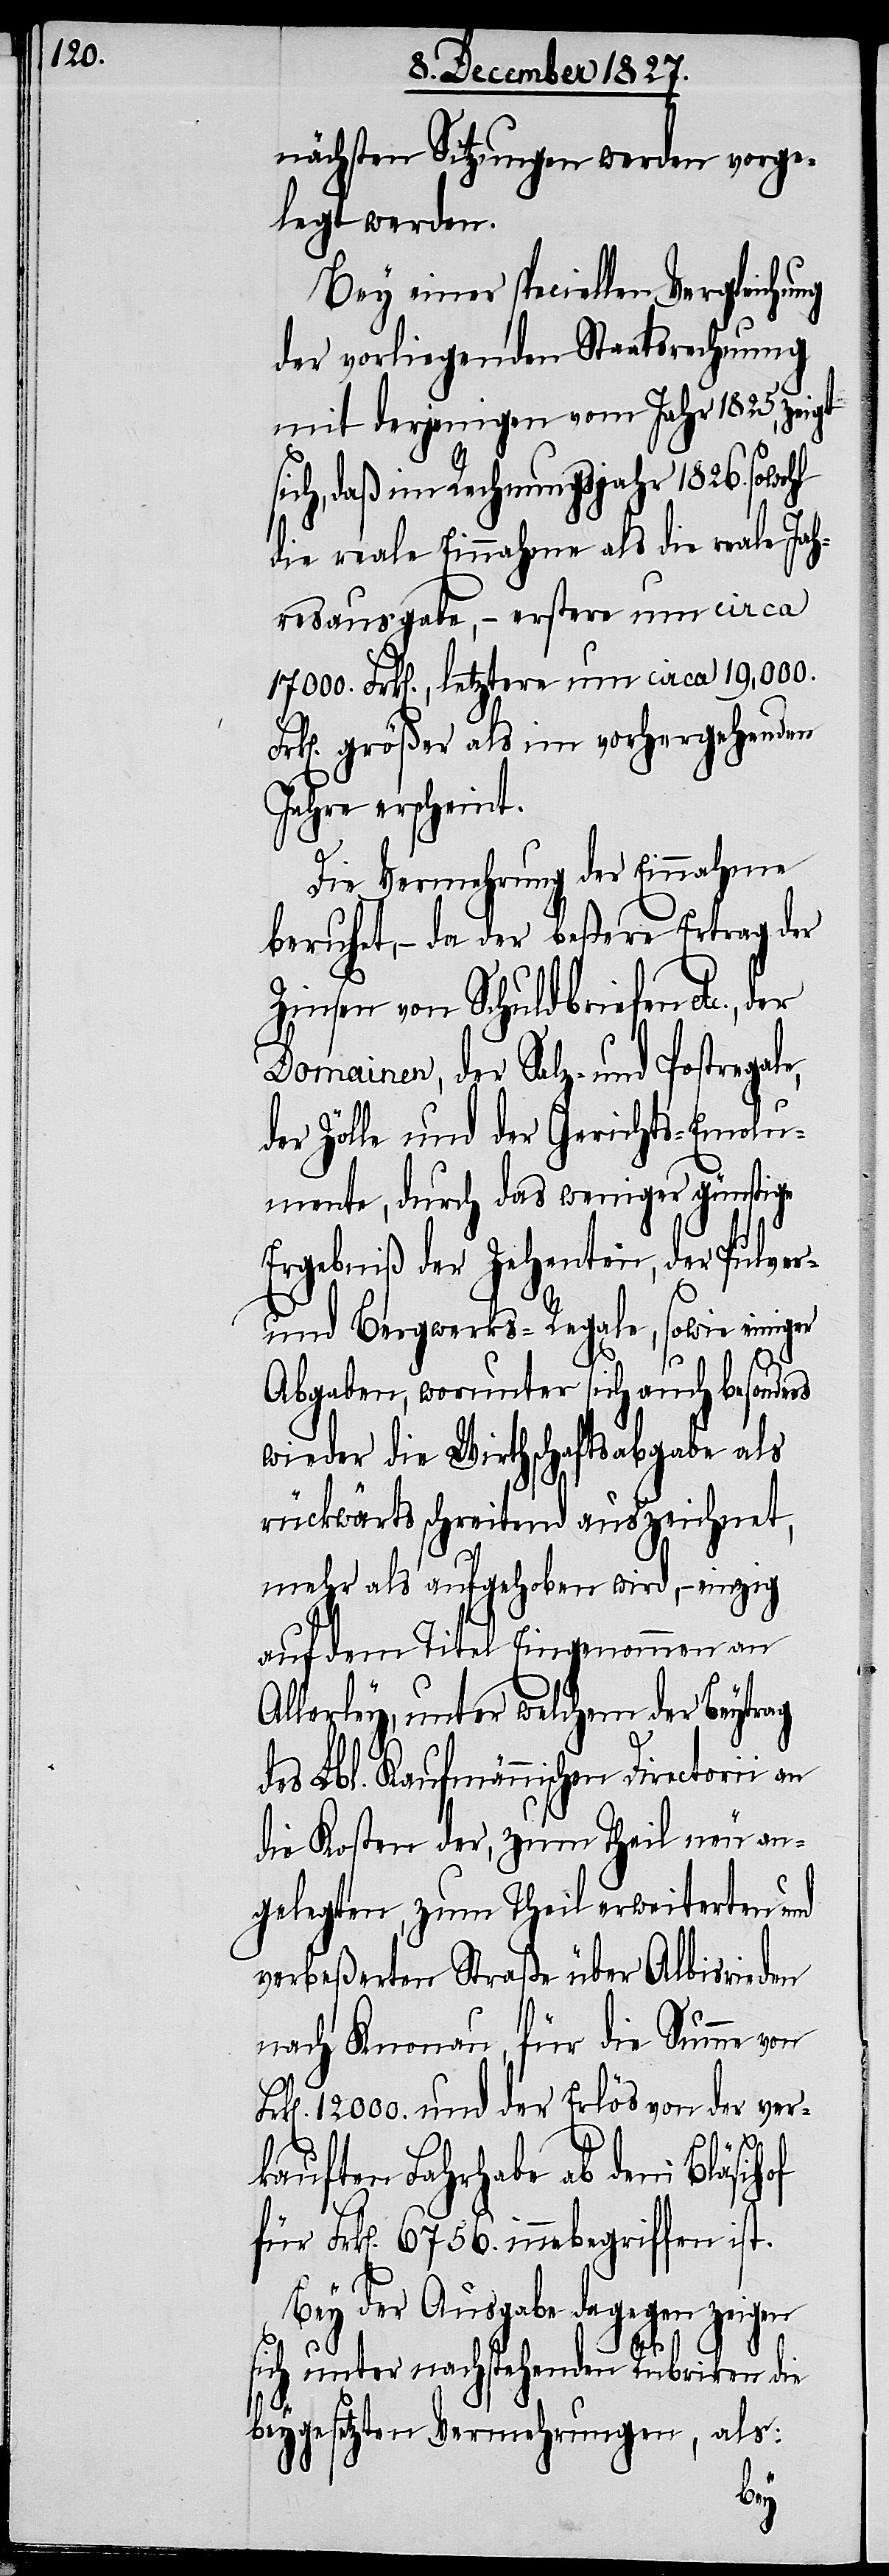
nächsten Sitzungen werden vorge¬
legt werden.
Bey einer speciellen Vergleichung
der vorliegenden Staatsrechnung
mit derjenigen vom Jahr 1825, zeigt
icht, daß im Rechnungsjahr 1826. sowohl
die reale Einnahme als die nahe Jah¬
resausgabe, – erstere um circa
1700. Frk[en]., letztere um circa 19,000.
k[en]. größer als im vorhergehenden
Jahre erscheint.
Die Vermehrung der Einnahme
beruhet, – da der beßere Ertrag der
Zinsen von Schuldbriefen etc.,
Domainen, der Salz- und Postregale,
der Zölle und der Gerichts-Emolu¬
mente, durch das weniger günstige
Ergebniß der Zehenten, der Pulver-
und Bergwerks-Regale, sowie einiger
Abgaben, worunter sich auch besonders
wieder die Wirthschaftsabgabe als
rückwärts schreitend auszeichnet,
mehr als aufgehoben wird, – einzig
auf dem Titel Eingenommen an
Allerley, unter welchem der Beytrag
des Lbl. Kaufmännischen Directorii an
die Kosten der, zum Theil neu an¬
gelegten, zum Theil erweiterten und
verbeßerten Straße über Albisrieden
nach Knonau, für die Summe von
12000. und der Erlös von der ver¬
s¬
kauften Fahrhabe ab dem Bläsihof
für Frk[en]. 6756. innebegriffen ist.
Bey der Ausgabe dagegen zeigen
Fr¬
sich unter nachstehenden Rubriken die
beygesetzten Vermehrungen, als: